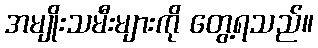
အမျိုးသမီးများကို တွေ့ရသည်။